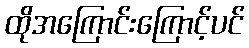
ထိုအကြောင်းကြောင့်ပင်